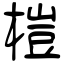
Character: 榿